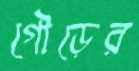
গৌড়ের